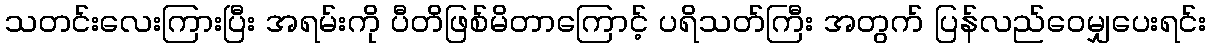
သတင်းလေးကြားပြီး အရမ်းကို ပီတိဖြစ်မိတာကြောင့် ပရိသတ်ကြီး အတွက် ပြန်လည်ဝေမျှပေးရင်း